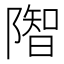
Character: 𨼓